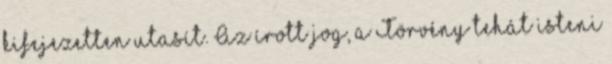
kifejezetten utasít. Az írott jog, a Törvény tehát isteni